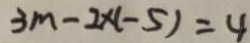
3 m - 2 \times ( - 5 ) = 4